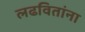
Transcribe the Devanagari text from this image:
लढवितांना